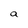
Character: a